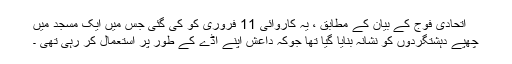
اتحادی فوج کے بیان کے مطابق ، یہ کاروائی 11 فروری کو کی گئی جس میں ایک مسجد میں
چھپے دہشتگردوں کو نشانہ بنایا گیا تھا جوکہ داعش اپنے اڈے کے طور پر استعمال کر رہی تھی ۔